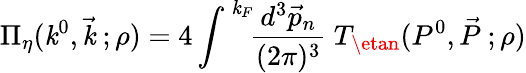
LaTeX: \Pi_{\eta}(\mathit{k}^{0},\vec{{\mathit{k}}}~;\rho)=4\int^{\, \mathit{k}_{F}}\! \! \frac{{d^{3}\vec{{p}}_{n}}}{{(2\pi)^{3}}}~T_{\etan}(P^{0},\vec{{P}}~;\rho)